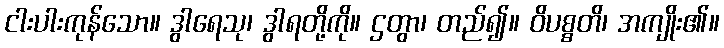
ငါးပါးကုန်သော။ ဒွါရေသု၊ ဒွါရတို့ကို။ ဌတွာ၊ တည်၍။ ဝိပစ္စတိ၊ အကျိုး၏။